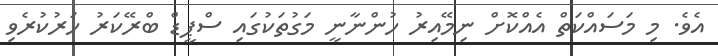
އެވެ. މި މަސައްކަތް އެއްކޮށް ނިމޭއިރު ހުންނާނީ މަގުތަކުގައި ސްޕީޑް ބްރޭކަރު ހަރުކުރެވި